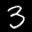
Label: 3